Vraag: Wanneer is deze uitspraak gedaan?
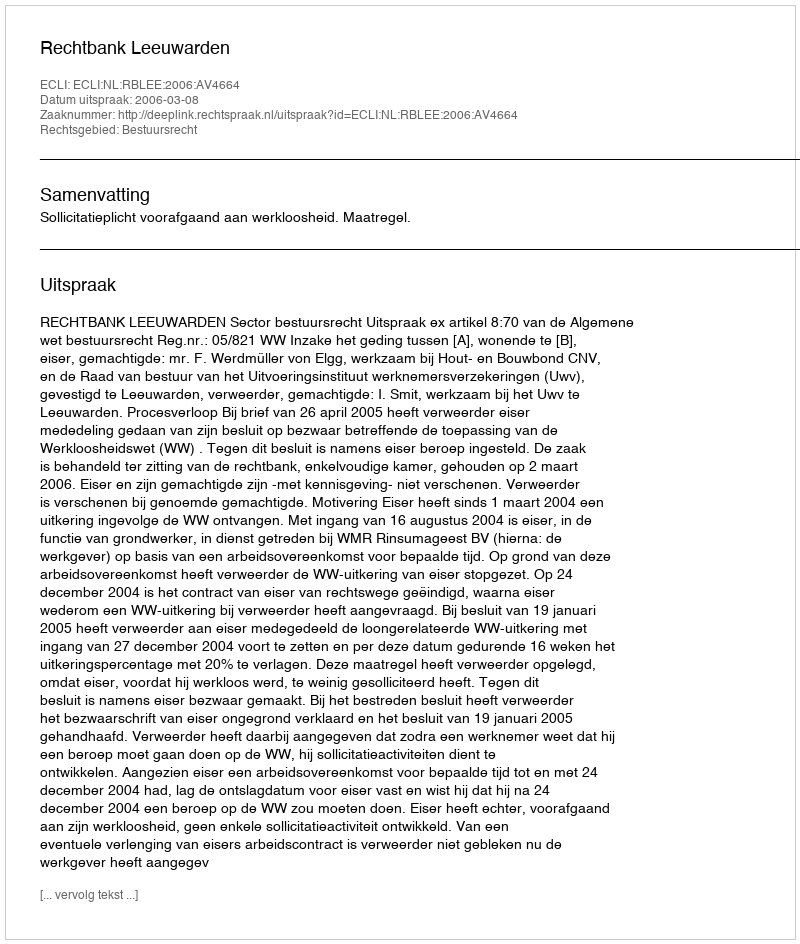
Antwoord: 2006-03-08